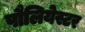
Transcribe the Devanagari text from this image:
पौलियेस्टर